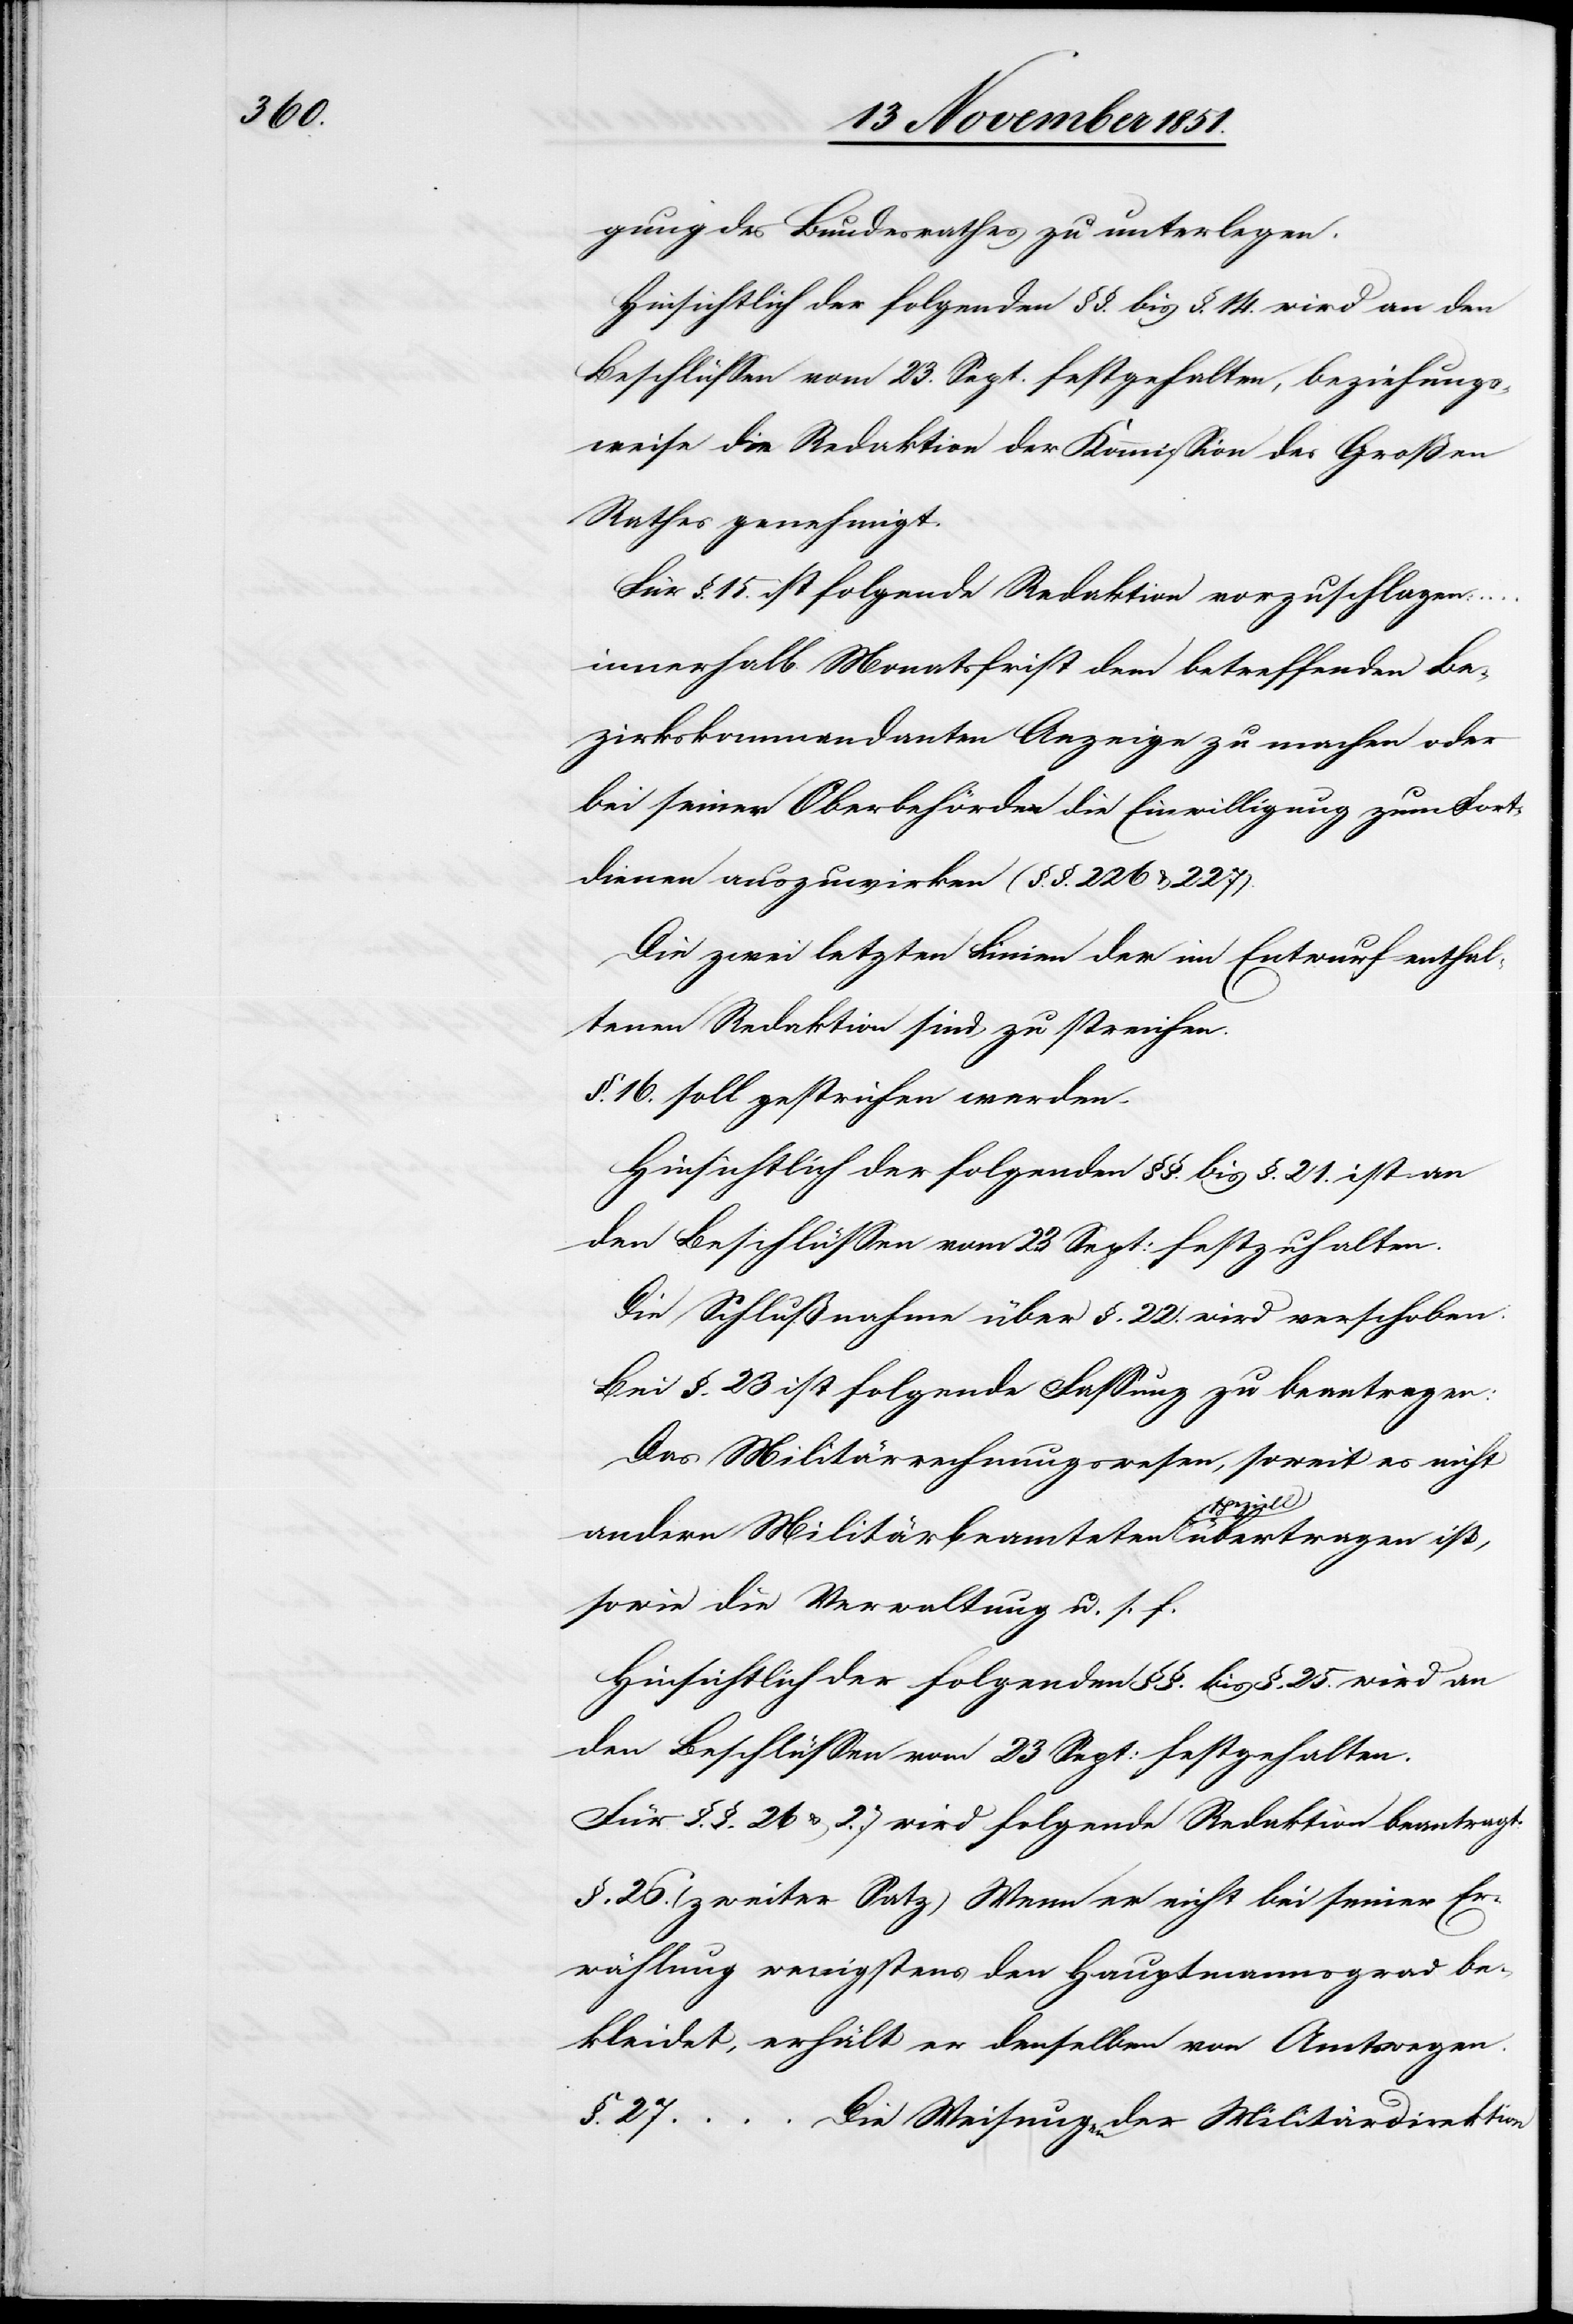
gung des Bundesrathes zu unterlegen.
Hinsichtlich der folgenden §§. bis §. 14. wird an den
Beschlüssen vom 23. Sept. festgehalten, beziehungs¬
weise die Redaktion der Kommission des Großen
Rathes genehmigt.
Für §. 15. ist folgende Redaktion vorzuschlagen:
innerhalb Monatsfrist dem betreffenden Be¬
zirkskommandanten Anzeige zu machen oder
bei seiner Oberbehörde die Einwilligung zum Fort¬
dienen auszuwirken (§. §. 226 & 227).
Die zwei letzten Linien der im Entwurf enthal¬
tenen Redaktion sind zu streichen.
§. 16. soll gestrichen werden.
Hinsichtlich der folgenden §§. bis §. 21. ist an
den Beschlüssen vom 23 Sept: festzuhalten.
Die Schlußnahme über §. 22. wird verschoben.
Bei §. 23 ist folgende Fassung zu beantragen:
Das Militärrechnungswesen, soweit es nicht
andern Militärbeamteten speziell übertragen ist,
sowie die Verwaltung u. s. f.
Hinsichtlich der folgenden §§. bis §. 25. wird an
den Beschlüssen vom 23 Sept: festgehalten.
Für §. §. 26 & 27. wird folgende Redaktion beantragt:
§. 26. (zweiter Satz) Wenn er nicht bei seiner Er¬
wählung wenigstens den Hauptmannsgrad be¬
kleidet, erhält er denselben von Amtswegen.
§. 27. … Die Weisungen der Militärdirektion